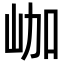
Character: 𡶐